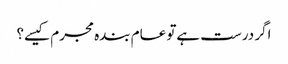
اگر درست ہےتو عام بندہ مجرم کیسے؟